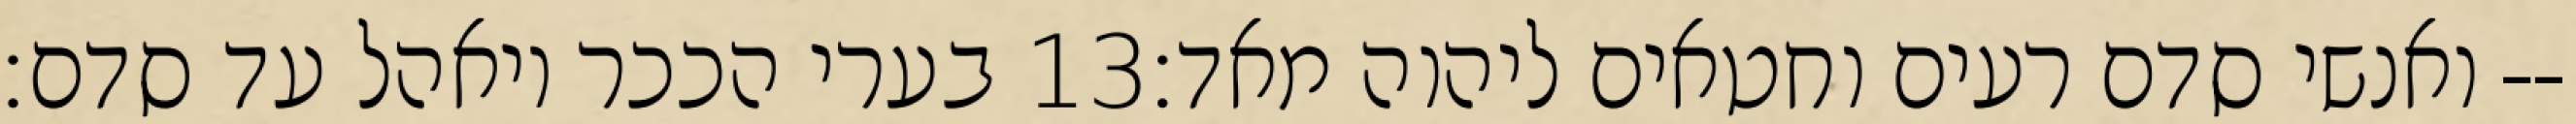
בערי הככר ויאהל עד סדם׃ ‎13‏ ואנשי סדם רעים וחטאים ליהוה מאד׃--